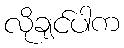
လိုချင်ပါက